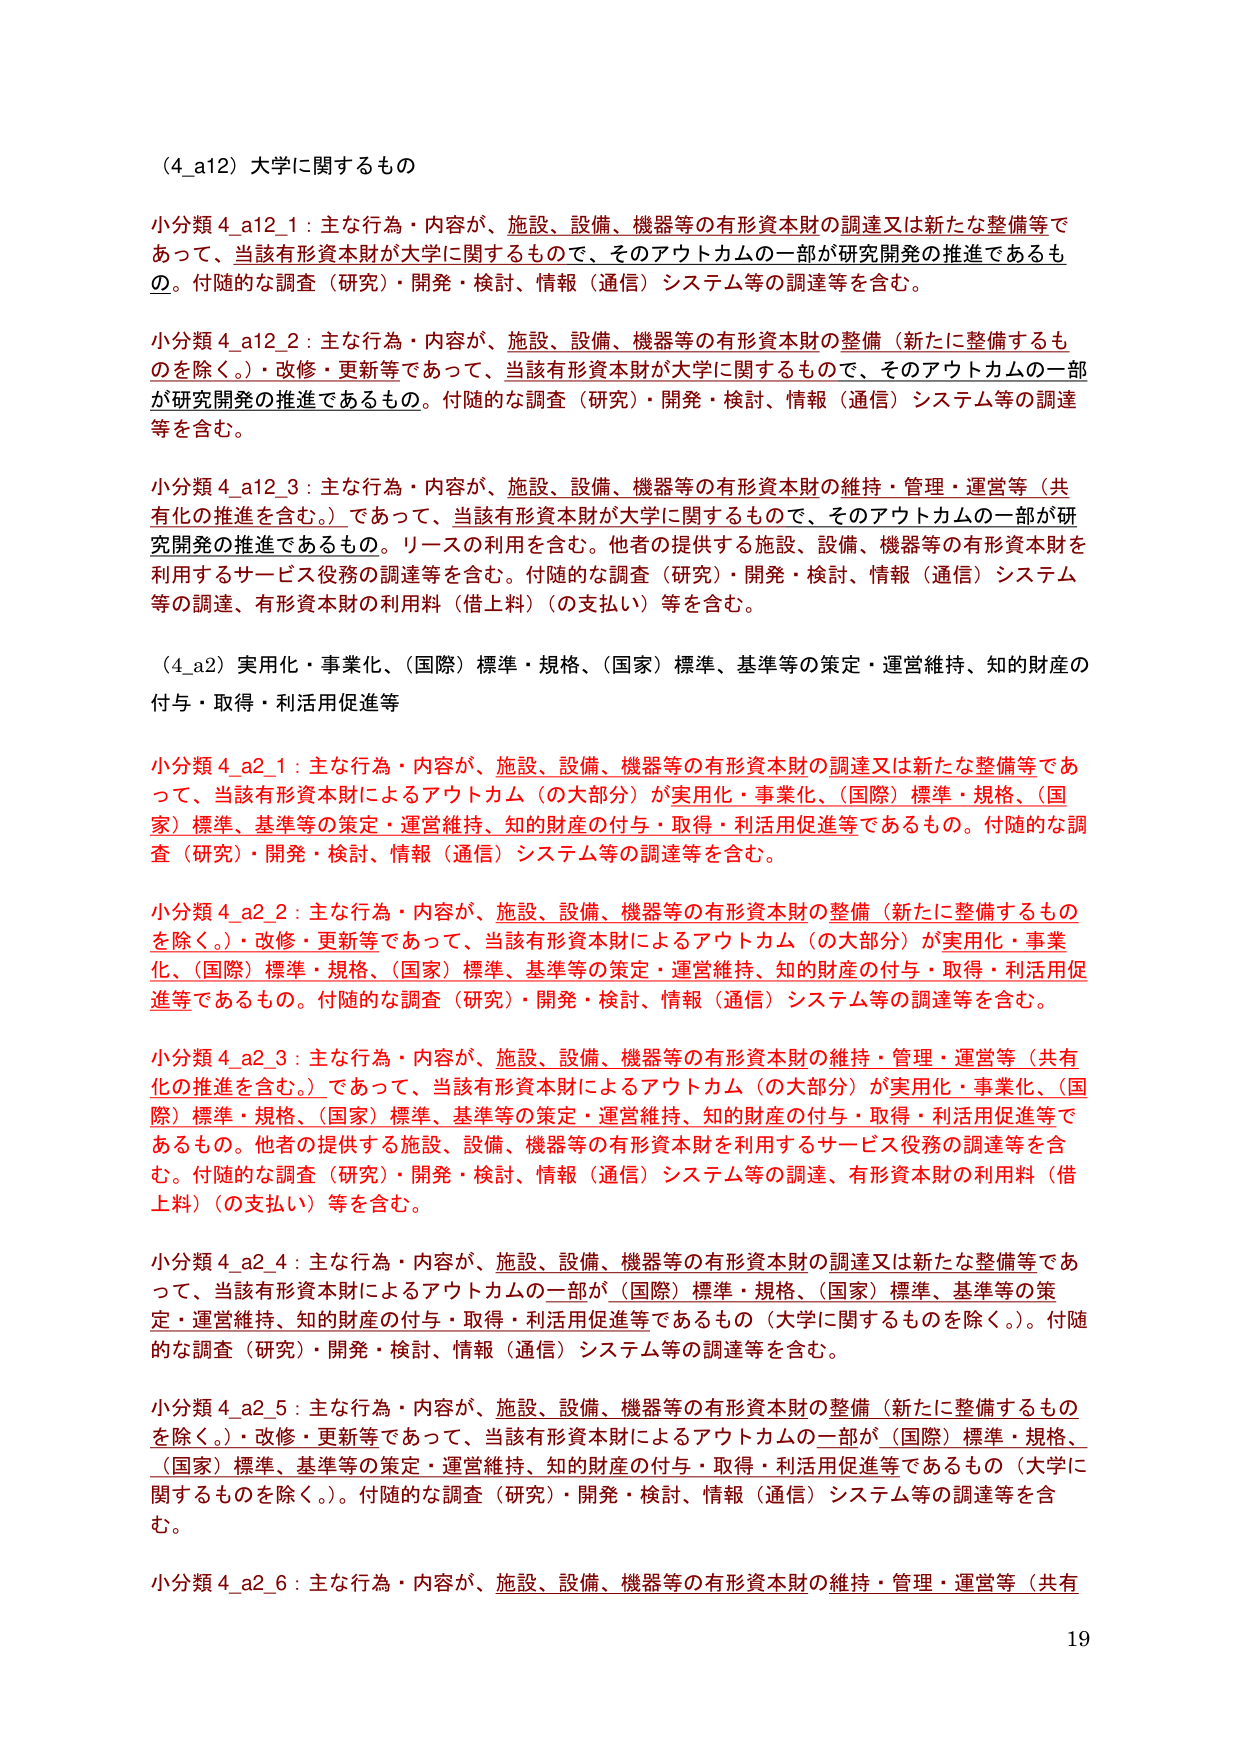
（4_a12）大学に関するもの

小分類 4_a12_1：主な行為・内容が、施設、設備、機器等の有形資本財の調達又は新たな整備等であって、当該有形資本財が大学に関するもので、そのアウトカムの一部が研究開発の推進であるもの。付随的な調査（研究）・開発・検討、情報（通信）システム等の調達等を含む。

小分類 4_a12_2：主な行為・内容が、施設、設備、機器等の有形資本財の整備（新たに整備するものを除く。）・改修・更新等であって、当該有形資本財が大学に関するもので、そのアウトカムの一部が研究開発の推進であるもの。付随的な調査（研究）・開発・検討、情報（通信）システム等の調達等を含む。

小分類 4_a12_3：主な行為・内容が、施設、設備、機器等の有形資本財の維持・管理・運営等（共有化の推進を含む。）であって、当該有形資本財が大学に関するもので、そのアウトカムの一部が研究開発の推進であるもの。リースの利用を含む。他者の提供する施設、設備、機器等の有形資本財を利用するサービス役務の調達等を含む。付随的な調査（研究）・開発・検討、情報（通信）システム等の調達、有形資本財の利用料（借上料）（の支払い）等を含む。

（4_a2）実用化・事業化、（国際）標準・規格、（国家）標準、基準等の策定・運営維持、知的財産の付与・取得・利活用促進等

小分類 4_a2_1：主な行為・内容が、施設、設備、機器等の有形資本財の調達又は新たな整備等であって、当該有形資本財によるアウトカム（の大部分）が実用化・事業化、（国際）標準・規格、（国家）標準、基準等の策定・運営維持、知的財産の付与・取得・利活用促進等であるもの。付随的な調査（研究）・開発・検討、情報（通信）システム等の調達等を含む。

小分類 4_a2_2：主な行為・内容が、施設、設備、機器等の有形資本財の整備（新たに整備するものを除く。）・改修・更新等であって、当該有形資本財によるアウトカム（の大部分）が実用化・事業化、（国際）標準・規格、（国家）標準、基準等の策定・運営維持、知的財産の付与・取得・利活用促進等であるもの。付随的な調査（研究）・開発・検討、情報（通信）システム等の調達等を含む。

小分類 4_a2_3：主な行為・内容が、施設、設備、機器等の有形資本財の維持・管理・運営等（共有化の推進を含む。）であって、当該有形資本財によるアウトカム（の大部分）が実用化・事業化、（国際）標準・規格、（国家）標準、基準等の策定・運営維持、知的財産の付与・取得・利活用促進等であるもの。他者の提供する施設、設備、機器等の有形資本財を利用するサービス役務の調達等を含む。付随的な調査（研究）・開発・検討、情報（通信）システム等の調達、有形資本財の利用料（借上料）（の支払い）等を含む。

小分類 4_a2_4：主な行為・内容が、施設、設備、機器等の有形資本財の調達又は新たな整備等であって、当該有形資本財によるアウトカムの一部が（国際）標準・規格、（国家）標準、基準等の策定・運営維持、知的財産の付与・取得・利活用促進等であるもの（大学に関するものを除く。）。付随的な調査（研究）・開発・検討、情報（通信）システム等の調達等を含む。

小分類 4_a2_5：主な行為・内容が、施設、設備、機器等の有形資本財の整備（新たに整備するものを除く。）・改修・更新等であって、当該有形資本財によるアウトカムの一部が（国際）標準・規格、（国家）標準、基準等の策定・運営維持、知的財産の付与・取得・利活用促進等であるもの（大学に関するものを除く。）。付随的な調査（研究）・開発・検討、情報（通信）システム等の調達等を含む。

小分類 4_a2_6：主な行為・内容が、施設、設備、機器等の有形資本財の維持・管理・運営等（共有

19